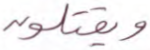
ويقتلون